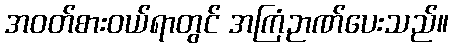
အဝတ်စားဝယ်ရာတွင် အကြံဉာဏ်ပေးသည်။